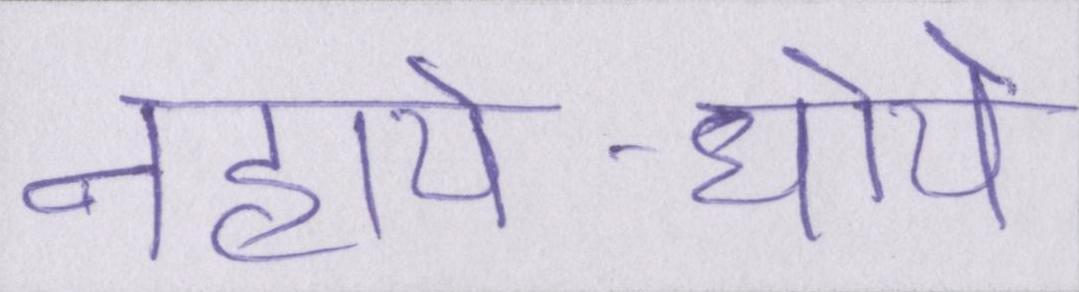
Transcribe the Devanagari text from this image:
नहाये-धोये